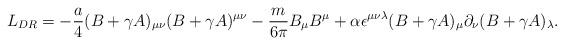
LaTeX: \begin{align*}L_{DR}=-{a\over 4}(B+\gamma A)_{\mu\nu}(B+\gamma A)^{\mu\nu }-{m\over {6\pi}}B_\mu B^{\mu }+\alpha\epsilon^{\mu\nu\lambda}(B+\gamma A)_\mu\partial_\nu (B+\gamma A)_\lambda .\end{align*}